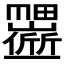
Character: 𬻱